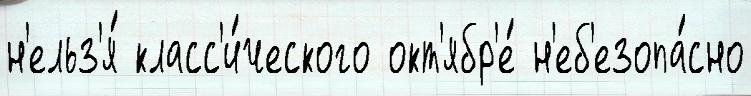
н'ельз'я́ класс'и́ческого окт'ябр'е́ н'еб'езопа́сно